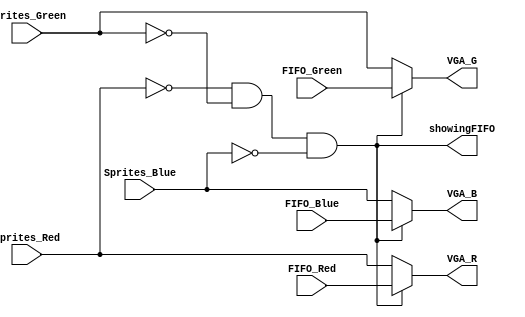
module t7 (
	input wire [7:0] FIFO_Red,
	input wire [7:0] FIFO_Green,
	input wire [7:0] FIFO_Blue,
	input wire [7:0] Sprites_Red,
	input wire [7:0] Sprites_Green,
	input wire [7:0] Sprites_Blue,
	output wire [7:0] VGA_R,
	output wire [7:0] VGA_G,
	output wire [7:0] VGA_B,
	output wire showingFIFO
);

assign VGA_R = (Sprites_Red == 0 && Sprites_Green == 0 && Sprites_Blue == 0)? FIFO_Red: Sprites_Red;
assign VGA_G = (Sprites_Red == 0 && Sprites_Green == 0 && Sprites_Blue == 0)? FIFO_Green: Sprites_Green;
assign VGA_B = (Sprites_Red == 0 && Sprites_Green == 0 && Sprites_Blue == 0)? FIFO_Blue: Sprites_Blue;
assign showingFIFO = (Sprites_Red == 0 && Sprites_Green == 0 && Sprites_Blue == 0);
endmodule